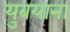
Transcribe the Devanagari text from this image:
युबयाना